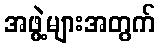
အဖွဲ့များအတွက်